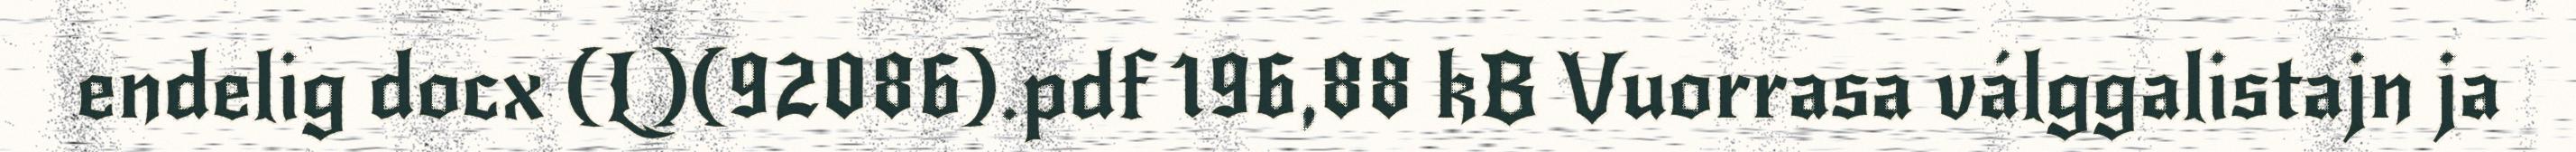
endelig docx (L)(92086).pdf 196,88 kB Vuorrasa válggalistajn ja